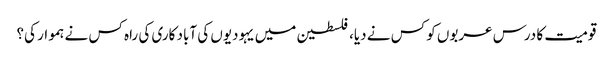
قومیت کا درس عربوں کو کس نے دیا، فلسطین میں یہودیوں کی آباد کاری کی راہ کس نے ہموار کی؟